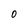
Character: O